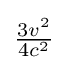
{\tfrac {3v^{2}}{4c^{2}}}